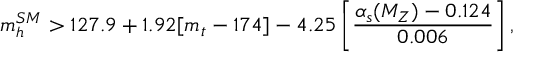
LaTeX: m _ { h } ^ { S M } > 1 2 7 . 9 + 1 . 9 2 [ m _ { t } - 1 7 4 ] - 4 . 2 5 \left[ \frac { \alpha _ { s } ( M _ { Z } ) - 0 . 1 2 4 } { 0 . 0 0 6 } \right] ,